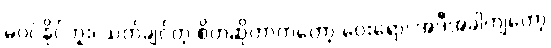
မဝင်နိုင်ဘူး၊ သတ်ချင်တဲ့ စိတ်ဆိုတာကတော့ ဝေးရော၊ အဲဒီအခါကျတော့